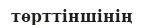
төрттіншінің